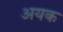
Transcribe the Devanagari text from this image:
अयक